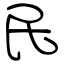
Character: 民